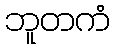
ဘူတကံ